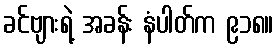
ခင်ဗျားရဲ့ အခန်း နံပါတ်က ၉၁၈။